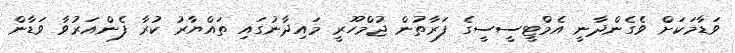
ވަޑާމަކަށް ވެގެންދާނީ އެމްޓީސީސީގެ ފަރާތުން ޖުމްހޫރީ މައިދާނުގައި ތައްޔާރު ކުރާ ފެންއަރުވާ ވަޑާން